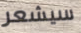
سيشعر